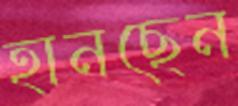
হানছেন